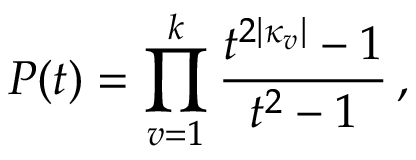
P ( t ) = \prod _ { v = 1 } ^ { k } \frac { t ^ { 2 | \kappa _ { v } | } - 1 } { t ^ { 2 } - 1 } \, ,